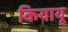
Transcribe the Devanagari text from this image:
कियायू